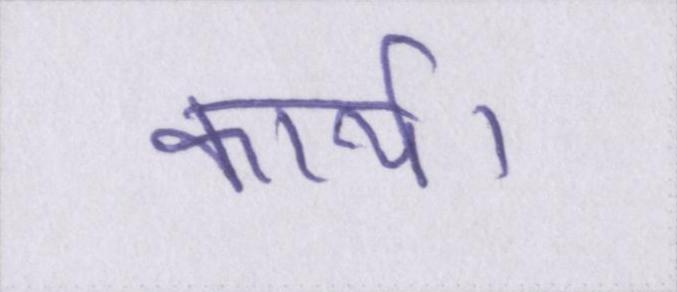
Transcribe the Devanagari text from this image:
कार्य।